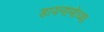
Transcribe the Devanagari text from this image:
डायनामोच्या